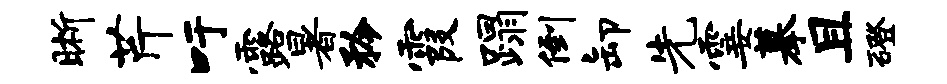
晰芹吁露暑矜霞蹋倒卸先霎摹且磴